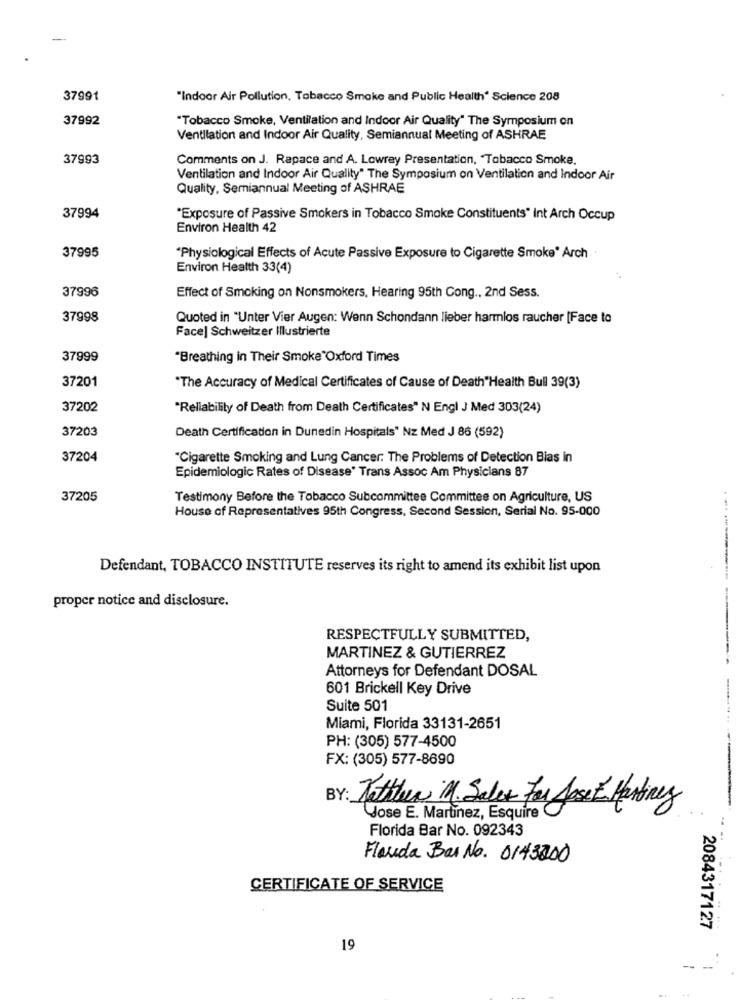
37991
"Indoor Air Pollution, Tobacco Smoke and Public Health" Science 208
37992
"Tobacco Smoke, Ventilation and Indoor Air Quality" The Symposium on
Ventilation and Indoor Air Quality, Semiannual Meeting of ASHRAE
37993
Comments on J. Rapace and A. Lowrey Presentation, Tobacco Smoke.
Ventilation and Indoor Air Quality" The Symposium on Ventilation and Indoor Air
Quality, Semiannual Meeting of ASHRAE
37994
"Exposure of Passive Smokers in Tobacco Smoke Constituents" Int Arch Occup
Environ Health 42
37995
"Physiological Effects of Acute Passive Exposure to Cigarette Smoke" Arch .
Environ Health 33(4)
37996
Effect of Smoking on Nonsmokers, Hearing 95th Cong ., 2nd Sess.
37998
Quoted in "Unter Vier Augen: Wenn Schondann lieber harmlos raucher [Face to
Face] Schweitzer Illustrierte
37999
"Breathing in Their Smoke"Oxford Times
37201
"The Accuracy of Medical Certificates of Cause of Death"Health Bull 39(3)
37202
"Reliability of Death from Death Certificates" N Engl J Med 303(24)
37203
Death Certification in Dunedin Hospitals" Nz Med J 86 (592)
37204
"Cigarette Smoking and Lung Cancer. The Problems of Detection Bias in
Epidemiologic Rates of Disease' Trans Assoc Am Physicians 87
37205
Testimony Before the Tobacco Subcommittee Committee on Agriculture, US
House of Representatives 95th Congress, Second Session, Serial No. 95-000
Defendant, TOBACCO INSTITUTE reserves its right to amend its exhibit list upon
proper notice and disclosure.
RESPECTFULLY SUBMITTED,
MARTINEZ & GUTIERREZ
Attorneys for Defendant DOSAL
601 Brickell Key Drive
Suite 501
Miami, Florida 33131-2651
PH: (305) 577-4500
FX: (305) 577-8690
BY: Father M. Sales For Jose Martinez
Jose E. Martinez, Esquire
Florida Bar No. 092343
Flauda Bar No. 0143200
CERTIFICATE OF SERVICE
2084317127
19
-- -